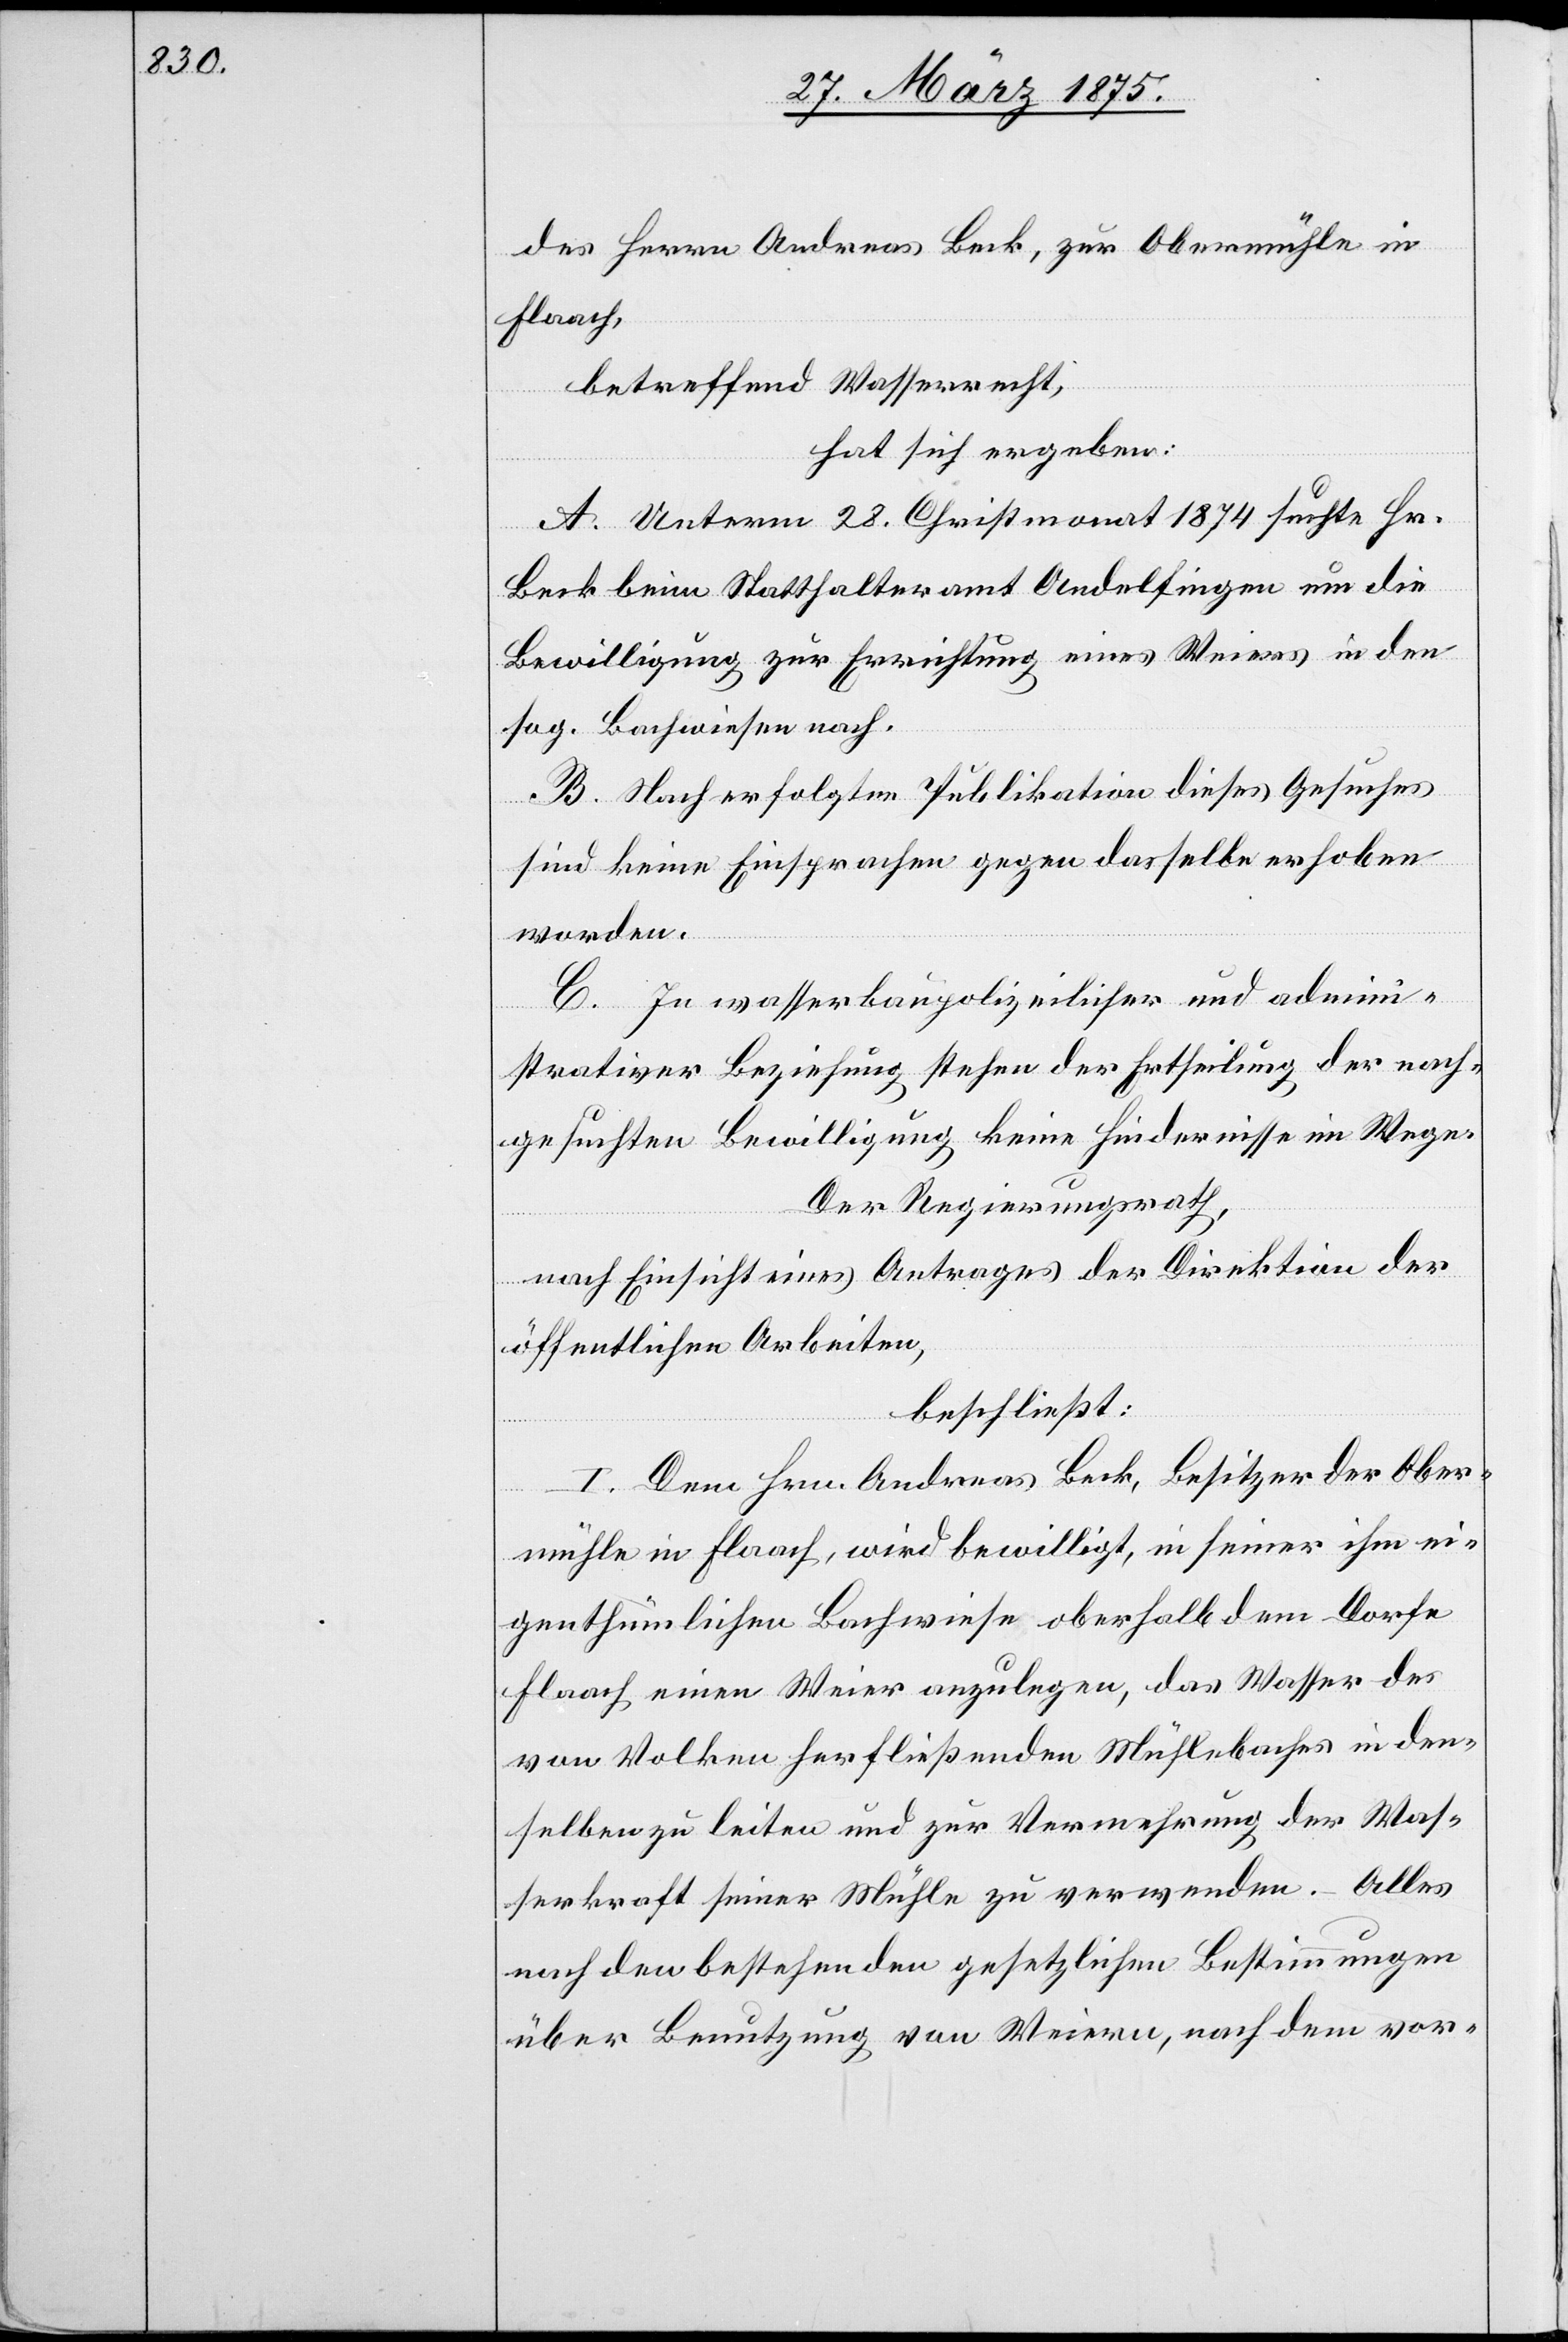
des Herrn Andreas Beck, zur Obermühle in
Flaach,
betreffend Wasserrecht,
hat sich ergeben:
A. Unterm 28. Christmonat 1874 suchte Hr.
Beck beim Statthalteramt Andelfingen um die
Bewilligung zu Errichtung eines Weiers in den
sog. Bachwiesen nach.
B. Nach erfolgter Publikation dieses Gesuches
sind keine Einsprachen gegen dasselbe erhoben
worden.
C. In wasserpolizeilicher und admini¬
strativer Beziehung stehen der Ertheilung der nach¬
gesuchten Bewilligung keine Hindernisse im Wege.
Der Regierungsrath,
nach Einsicht eines Antrages der Direktion der
öffentlichen Arbeiten,
beschließt:
I. Dem Hrn. Andreas Beck, Besitzer der Ober¬
mühle in Flaach, wird bewilligt, in seiner ihm ei¬
genthümlichen Bachwiese oberhalb dem Dorfe
Flaach einen Weier anzulegen, das Wasser des
von Volken herfließenden Mühlbaches in den¬
selben zu leiten und zur Vermehrung der Was¬
serkraft seiner Mühle zu verwenden. Alles
nach den bestehenden gesetzlichen Bestimmungen
über Benutzung von Weiern, nach dem vor-